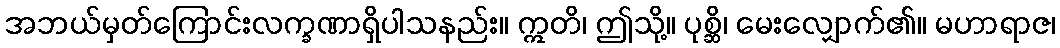
အဘယ်မှတ်ကြောင်းလက္ခဏာရှိပါသနည်း။ ဣတိ၊ ဤသို့။ ပုစ္ဆိ၊ မေးလျှောက်၏။ မဟာရာဇ၊